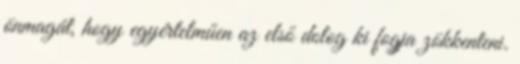
önmagát, hogy egyértelműen az első dolog ki fogja zökkenteni.